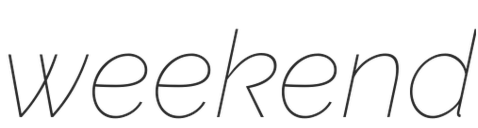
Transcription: weekend